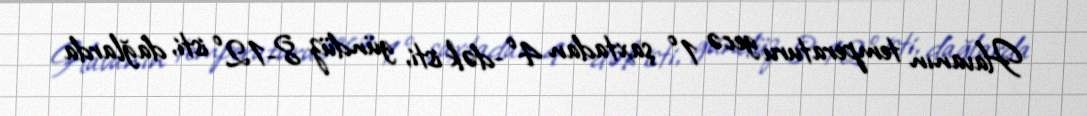
Havanın temperaturu gecə 1° şaxtadan 4°-dək isti, gündüz 8-12° isti, dağlarda